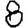
Digit: 8